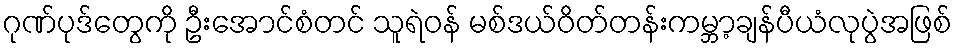
ဂုဏ်ပုဒ်တွေကို ဦးအောင်စံတင် သူရဲဝန် မစ်ဒယ်ဝိတ်တန်းကမ္ဘာ့ချန်ပီယံလုပွဲအဖြစ်